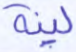
لينة